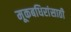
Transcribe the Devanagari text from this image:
मूकबधिरांसाठी